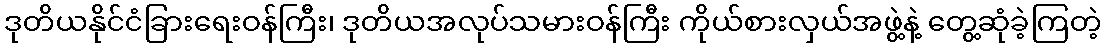
ဒုတိယနိုင်ငံခြားရေးဝန်ကြီး၊ ဒုတိယအလုပ်သမားဝန်ကြီး ကိုယ်စားလှယ်အဖွဲ့နဲ့ တွေ့ဆုံခဲ့ကြတဲ့